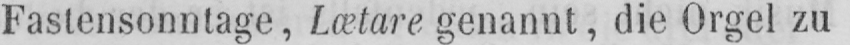
Fastensonntage, Lætare genannt, die Orgel zu